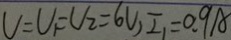
V _ { 1 } = V _ { 2 } = 6 V , I _ { 1 } = 0 . 9 A